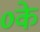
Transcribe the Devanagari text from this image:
०के